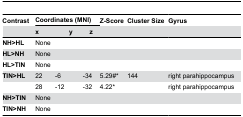
<table><thead><tr><td><b>Contrast</b></td><td colspan="5"><b>Coordinates (MNI)</b></td><td><b>Z-Score</b></td><td><b>Cluster Size</b></td><td><b>Gyrus</b></td></tr><tr><td></td><td colspan="2"><b>x</b></td><td colspan="2"><b>y</b></td><td><b>z</b></td><td></td><td></td><td></td></tr></thead><tbody><tr><td><b>NH&gt;HL</b></td><td colspan="5">None</td><td></td><td></td><td></td></tr><tr><td><b>HL&gt;NH</b></td><td colspan="5">None</td><td></td><td></td><td></td></tr><tr><td><b>HL&gt;TIN</b></td><td colspan="5">None</td><td></td><td></td><td></td></tr><tr><td><b>TIN&gt;HL</b></td><td>22</td><td colspan="2">-6</td><td colspan="2">-34</td><td>5.29#*</td><td>144</td><td>right parahippocampus</td></tr><tr><td></td><td>28</td><td colspan="2">-12</td><td colspan="2">-32</td><td>4.22*</td><td></td><td>right parahippocampus</td></tr><tr><td><b>NH&gt;TIN</b></td><td colspan="5">None</td><td></td><td></td><td></td></tr><tr><td><b>TIN&gt;NH</b></td><td colspan="5">None</td><td></td><td></td><td></td></tr></tbody></table>